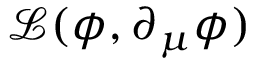
{ \mathcal { L } } ( \phi , \partial _ { \mu } \phi )